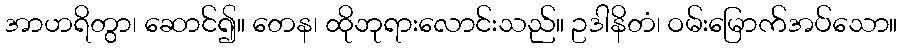
အာဟရိတွာ၊ ဆောင်၍။ တေန၊ ထိုဘုရားလောင်းသည်။ ဥဒါနိတံ၊ ဝမ်းမြောက်အပ်သော။